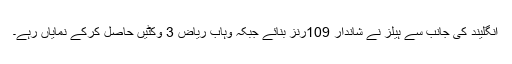
انگلیند کی جانب سے ہیلز نے شاندار 109رنز بنائے جبکہ وہاب ریاض 3 وکٹیں حاصل کرکے نمایاں رہے۔